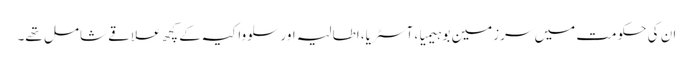
ان کی حکومت میں سرزمین بوہیمیا، آسٹریا، اطالیہ اور سلوواکیہ کے کچھ علاقے شامل تھے۔